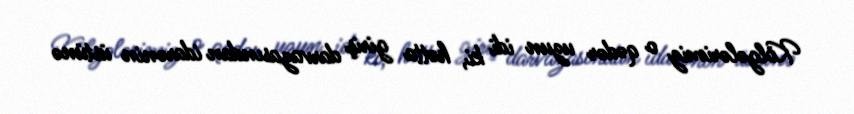
Kölgələrimiz o qədər uzun idi ki, hətta giriş darvazasından idarənin üstünə